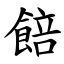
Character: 餢